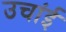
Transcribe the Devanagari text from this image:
उचांई